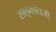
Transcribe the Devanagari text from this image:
साइकालजी